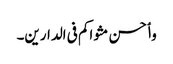
وٲحسن مثواکم فی الدارین۔